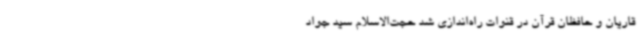
قاریان و حافظان قرآن در قنوات راه‌اندازی شد حجت‌الاسلام سید جواد